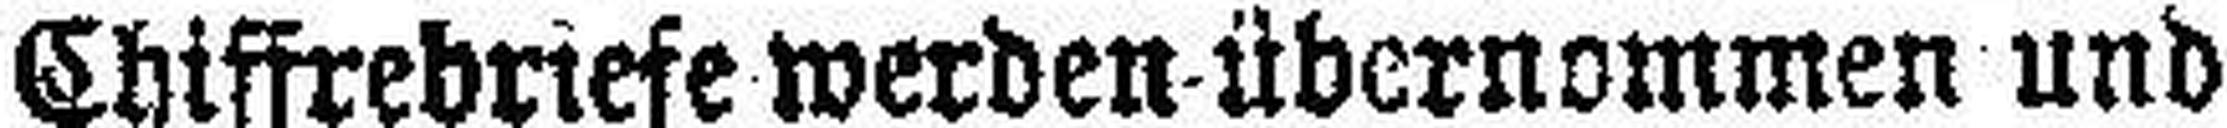
Chiffrebriefe werden übernommen und